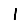
Digit: 1